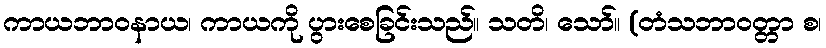
ကာယဘာဝနာယ၊ ကာယကို ပွားစေခြင်းသည်။ သတိ၊ သော်။ (တံသဘာဝတ္တာ စ၊